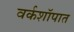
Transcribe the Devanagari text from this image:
वर्कशॉपात